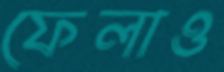
ফেলাও